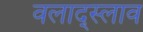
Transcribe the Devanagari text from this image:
वलाद्स्लाव